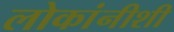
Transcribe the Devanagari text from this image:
लोकांनीशी